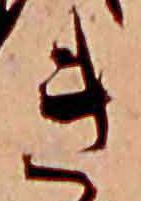
き